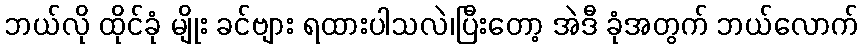
ဘယ်လို ထိုင်ခုံ မျိုး ခင်ဗျား ရထားပါသလဲ၊ပြီးတော့ အဲဒီ ခုံအတွက် ဘယ်လောက်